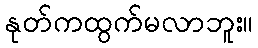
နုတ်ကထွက်မလာဘူး။